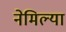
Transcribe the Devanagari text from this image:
नेमिल्या